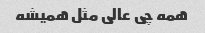
همه چی عالی مثل همیشه